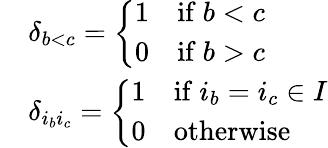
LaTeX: \begin{array}{rl}&{\delta_{b<c}=\left\{ \begin{array}{ll}{1}&{\mathrm{if~}b<c}\\ {0}&{\mathrm{if~}b>c}\end{array}\right.}\\ &{\delta_{i_{b}i_{c}}=\left\{ \begin{array}{ll}{1}&{\mathrm{if~}i_{b}=i_{c}\in I}\\ {0}&{\mathrm{otherwise}}\end{array}\right.}\end{array}